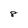
Character: 8